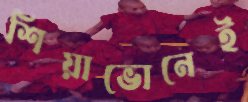
শিয়াভোনেই